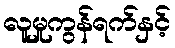
လူမှုကွန်ရက်နှင့်